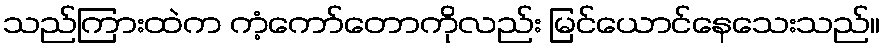
သည်ကြားထဲက ကံ့ကော်တောကိုလည်း မြင်ယောင်နေသေးသည်။